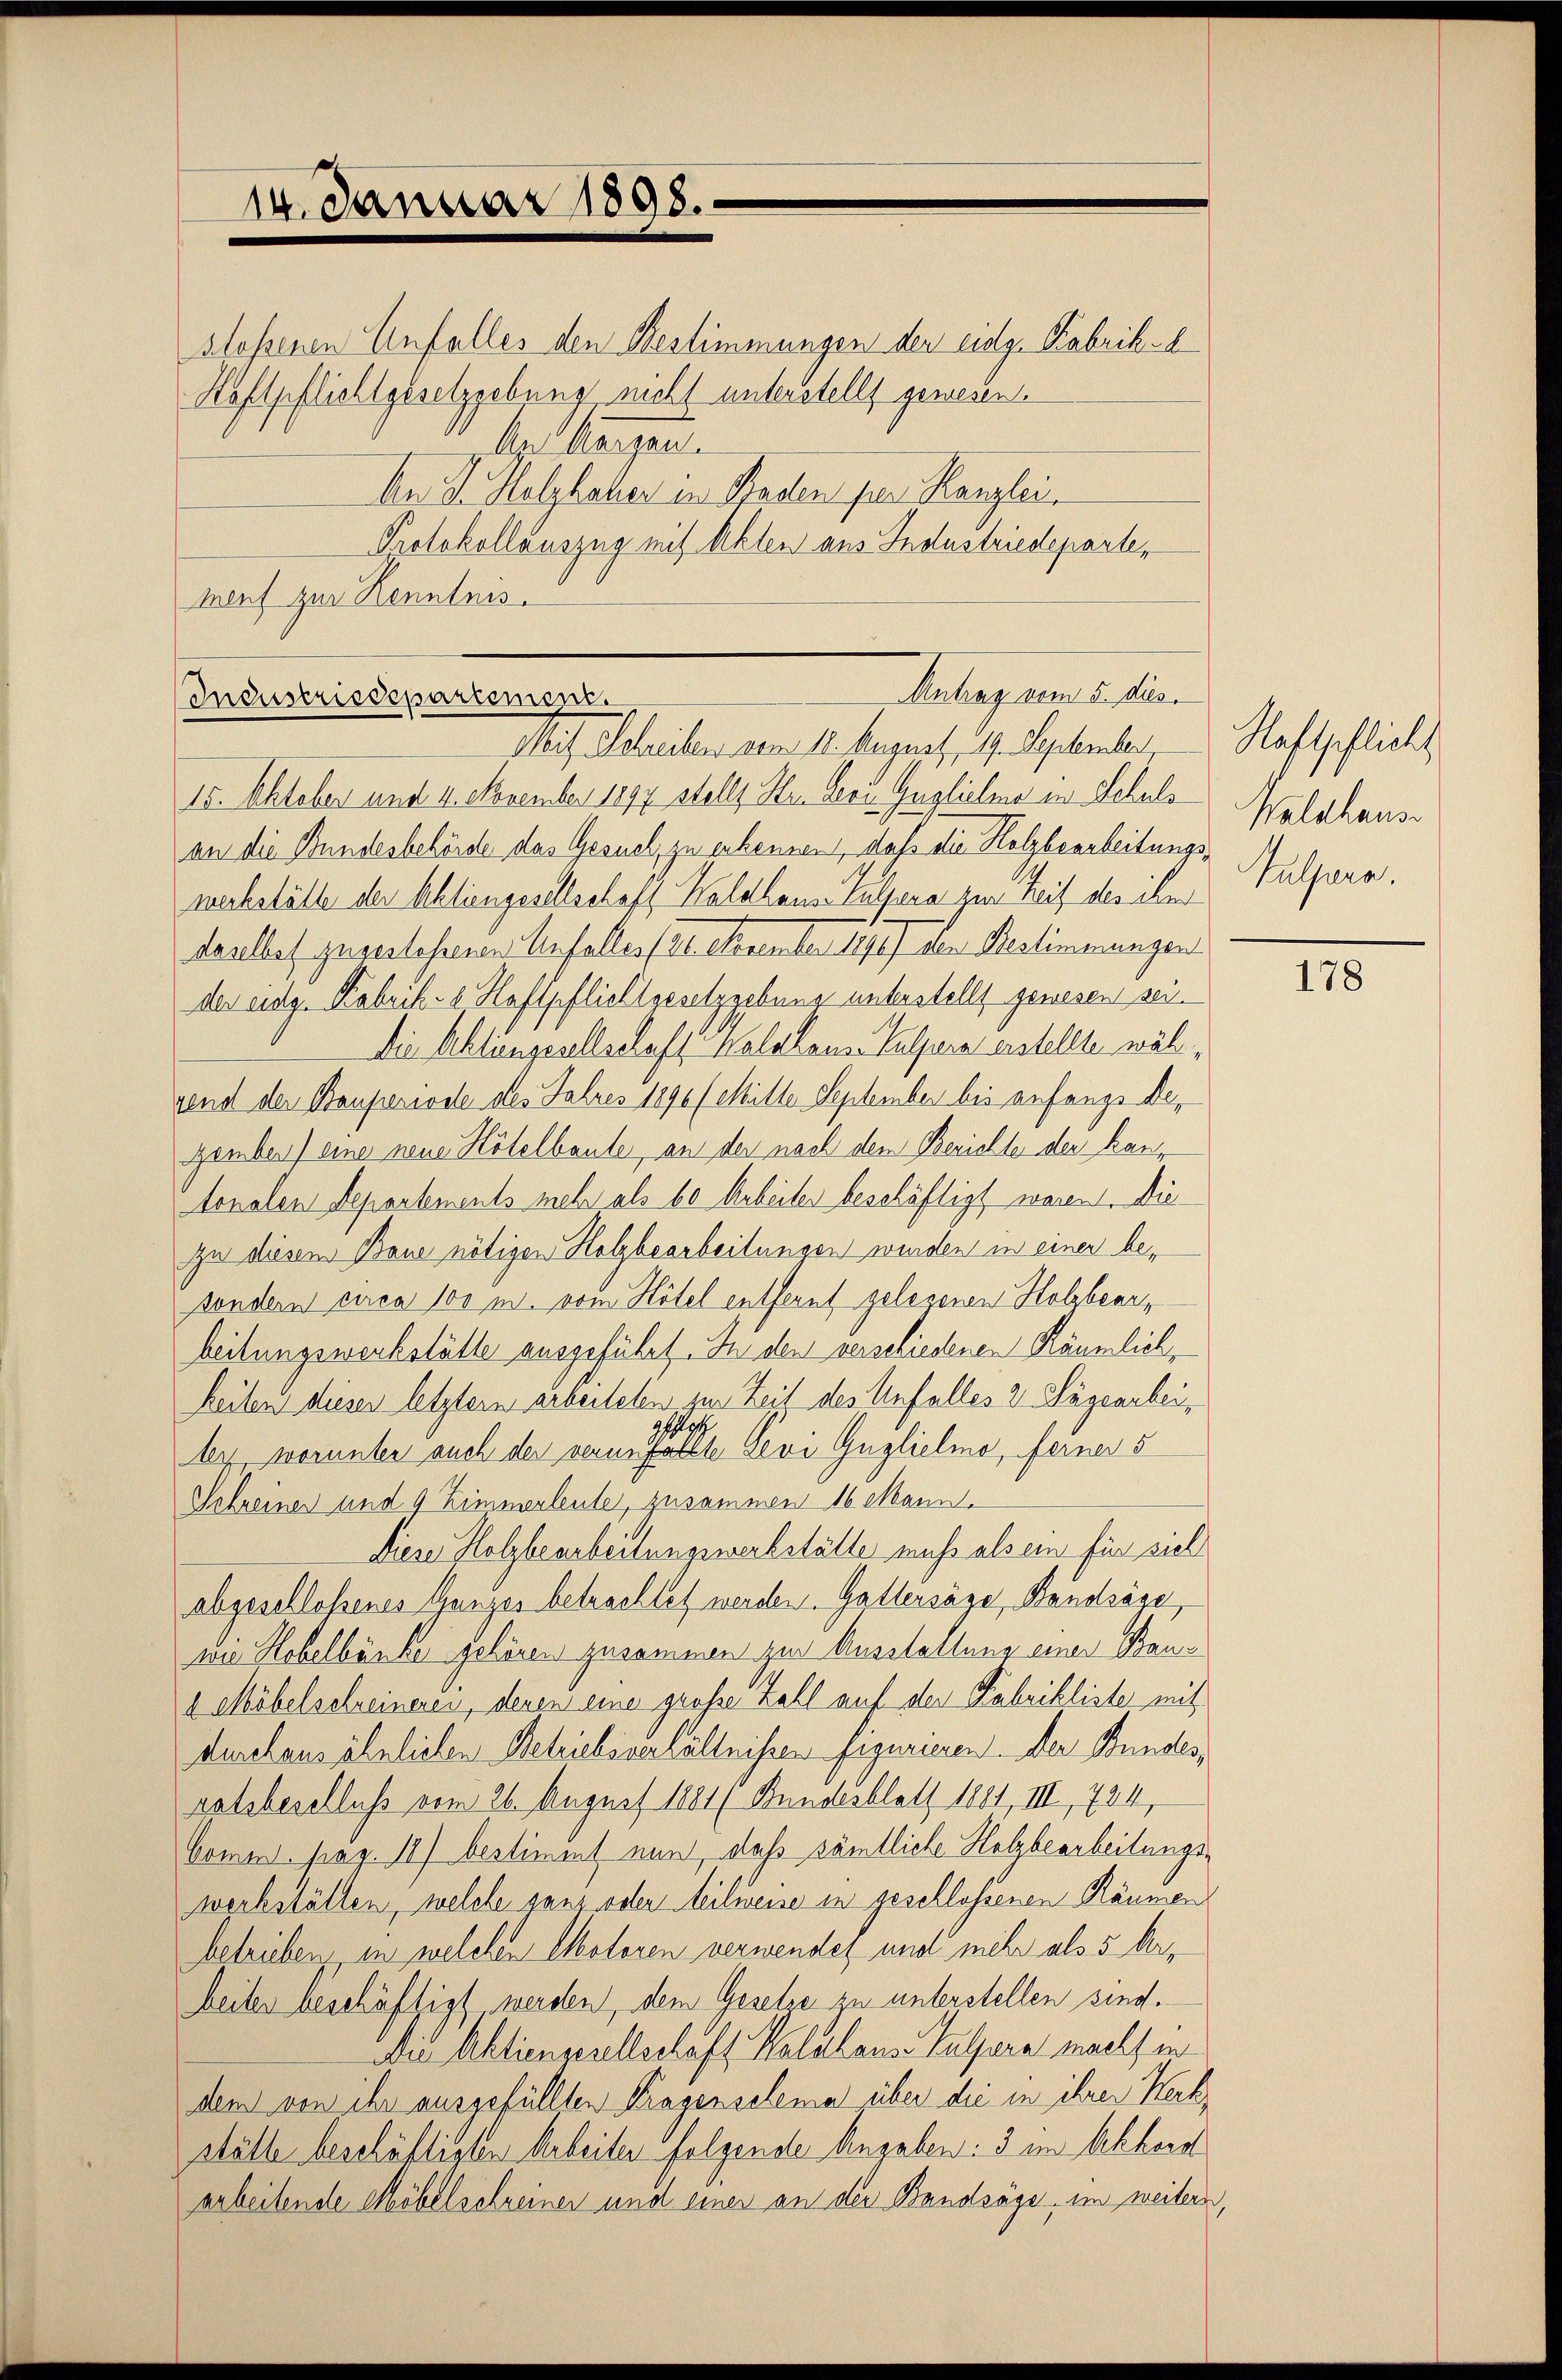
stoßenen Anfalles den Bestimmungen der eidg. Fabrikel
Haftpflichtgesetzgebung nicht unterstellt gewesen.
Mrs. Mangen.
An J. Holzhaler in Staden per Kanzlei.
Protokollauszug mit Akten aus Industriedeparte,
ment zur Kenntnis.

Antrag vom 2. dies
Industriedepartement.
Mit Schreiben vom 12. August 19. September,

15. Oktober und 4. November 1897 stellt Hr. Leou. Guglichene in Schuls
an die Bundesbehörde das Gesuch, zu erkennen, daß die Holzbearbeitungswachstätte der Aktiengesellschaft Waldhaus Tulfera zur Zeit des über
daalbes zuverlehrere Unfallers Sr. Dezember 140 aber Realinerungen
der eidg. Kabrik- u. Haftpflichtgesetzgebung unterstellt gewesen sei.
Die Aktiengesellschaft Kalchaus Kuljura erstellte während der Bauperiode des Jahres 1890 (Mitte September bis anfangs Rezember) eine neue Hotelbaute, an der nach den Berichte der Kantonalen Departements mehr als 60 Arbeiter beschäftigt waren. Die
zu diesem Baue nötigen Holzbearbeitungen wurden in einer besondern circa 100 m. vom Hotel entfernt gelesenen Holzbearbeitungswerkställe ausgeführt. In den verschiedenen Räumlich,
heilen dieser letztem arbeiteten zur Zeit des Unfalles 2. Sägearbeigscha
ber, worunter auch der verne follte Sevi Guglielio, ferner 5
Schreiner und 9 Zimmerleute, zusammen 16 Mann
Diese Holzbearbeitungswerbställe muss als ein für siel
abgeschloßenes Ganzes betrachtet werden. Gattersäge, Bandsäge,
wie Hobelbänke gehören zusammen zur Ausstellung einer Bau¬
 Möbelschreineren, denen eine große Zahl auf der Fabrikliste mit
durchaus ähnlichen Betriebsverhältnissen figurieren. Der Bundes,
ratsbeschluss vom 26. August 1881 ( Bundesblatt 1881, III, 784,
bome. pag. 11) bestimmt nun, daß sämtliche Holzbearbeitungswerkstätten, welche ganz oder teilweise in geschlossenen Räumen
betrieben, in welchen Motoren verwendet und mehr als 5 derbeites beschäftigt werden, dem Gesetze zu unterstellen sind.
Die Aktiennellschaft Halshaus Talfera macht in
dem von ihr ausgefüllten Tragenselema über die in ihrer Kerkställe beschäftigten Arbeiter folgende Angaben: 3 im Akkord
arbeitende Möbelschreinen und eines an der Bandsäge, im weitere

14. Januar 1898.

Raftpflicht
Kalatans
Sulzera.

178